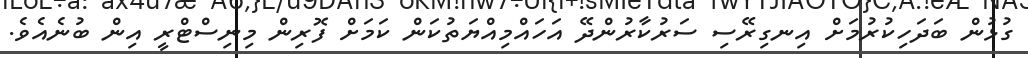
ގުޅުން ބަދަހިކުރުމަށް އިނގިރޭސި ސަރުކާރުންދޭ އަހައްމިއްޔަތުކަން ކަމަށް ފޮރިން މިނިސްޓްރީ އިން ބުނެއެވެ.